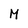
Character: M